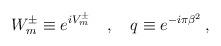
LaTeX: \begin{align*}W^\pm_m \equiv e^{iV^\pm_m} \quad ,\quad q \equiv e^{-i\pi \beta ^2} \, , \end{align*}